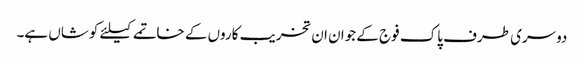
دوسری طرف پاک فوج کے جوان ان تخریب کاروں کے خاتمے کیلئے کوشاں ہے۔